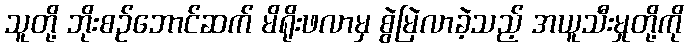
သူတို့ ဘိုးစဉ်ဘောင်ဆက် မိရိုးဖလာမှ စွဲမြဲလာခဲ့သည့် အယူသီးမှုတို့ကို